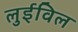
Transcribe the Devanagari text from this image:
लुईविल